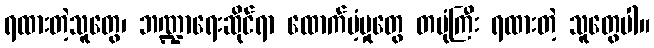
ရထားတဲ့သူတွေ၊ ဘဏ္ဍာရေးဆိုင်ရာ ထောက်ပံ့မှုတွေ တပုံကြီး ရထားတဲ့ သူတွေပါ။